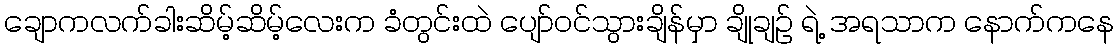
ချောကလက်ခါးဆိမ့်ဆိမ့်လေးက ခံတွင်းထဲ ပျော်ဝင်သွားချိန်မှာ ချိုချဉ် ရဲ့ အရသာက နောက်ကနေ